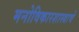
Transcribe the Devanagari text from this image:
मनोविकारशास्त्राचे